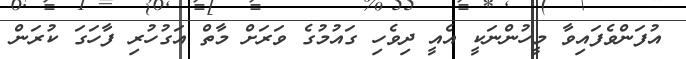
އުފަންވެފައިވާ މީހުންނަކީ އެއީ ދިވެހި ގައުމުގެ ވަރަށް މާތް އަގުހުރި ފާހަގަ ކުރަން